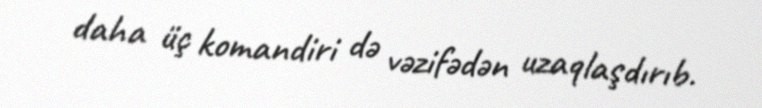
daha üç komandiri də vəzifədən uzaqlaşdırıb.